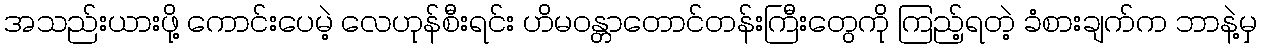
အသည်းယားဖိုု့ ကောင်းပေမဲ့ လေဟုုန်စီးရင်း ဟိမဝန္တာတောင်တန်းကြီးတွေကိုု ကြည့်ရတဲ့ ခံစားချက်က ဘာနဲ့မှ